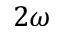
2 \omega